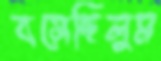
বসেছিলুম